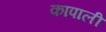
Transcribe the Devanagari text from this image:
कापाली